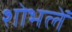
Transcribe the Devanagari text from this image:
शोभलें